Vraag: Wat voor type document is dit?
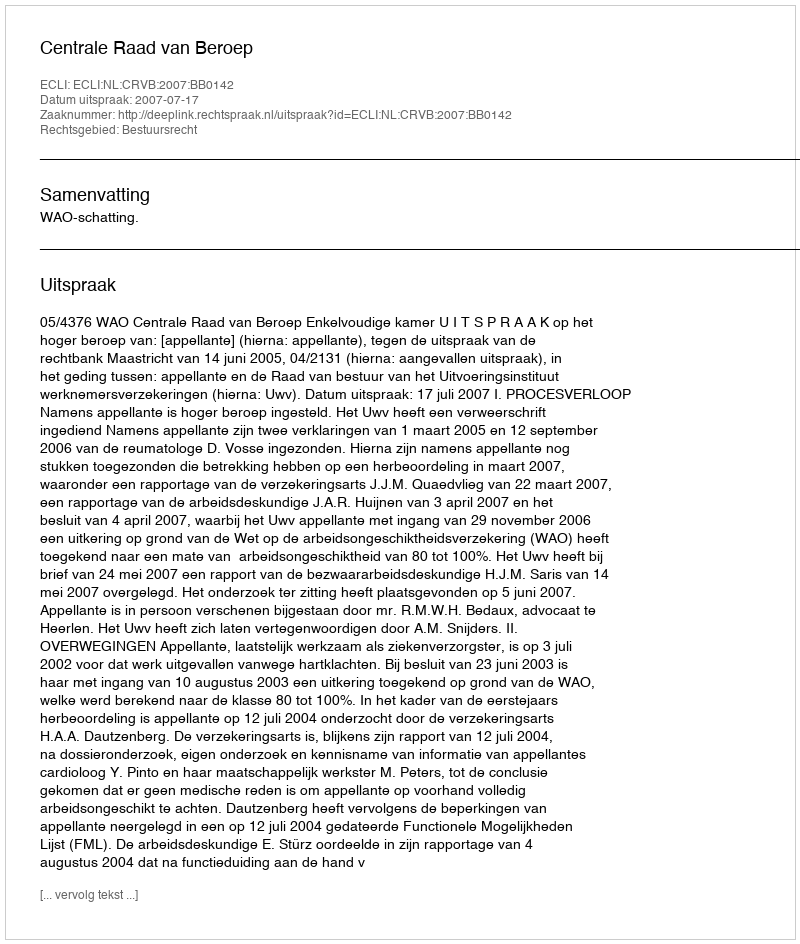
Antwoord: Uitspraak